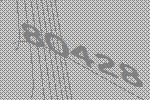
80428